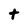
Character: t